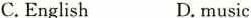
C.English D.music